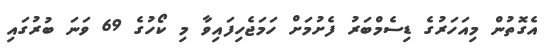
އެގޮތުން މިއަހަރުގެ ޑިސެމްބަރު ފެށުމަށް ހަމަޖެހިފައިވާ މި ކޯހުގެ 69 ވަނަ ބުރުގައި